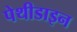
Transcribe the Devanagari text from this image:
पेथीडाइन